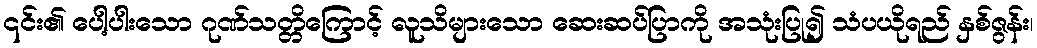
၎င်း၏ ပေါ့ပါးသော ဂုဏ်သတ္တိကြောင့် လူသိများသော ဆေးဆပ်ပြာကို အသုံးပြု၍ သံပယိုရည် နှစ်ဇွန်း၊